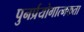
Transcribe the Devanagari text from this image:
पुनर्प्रयोगात्मकता